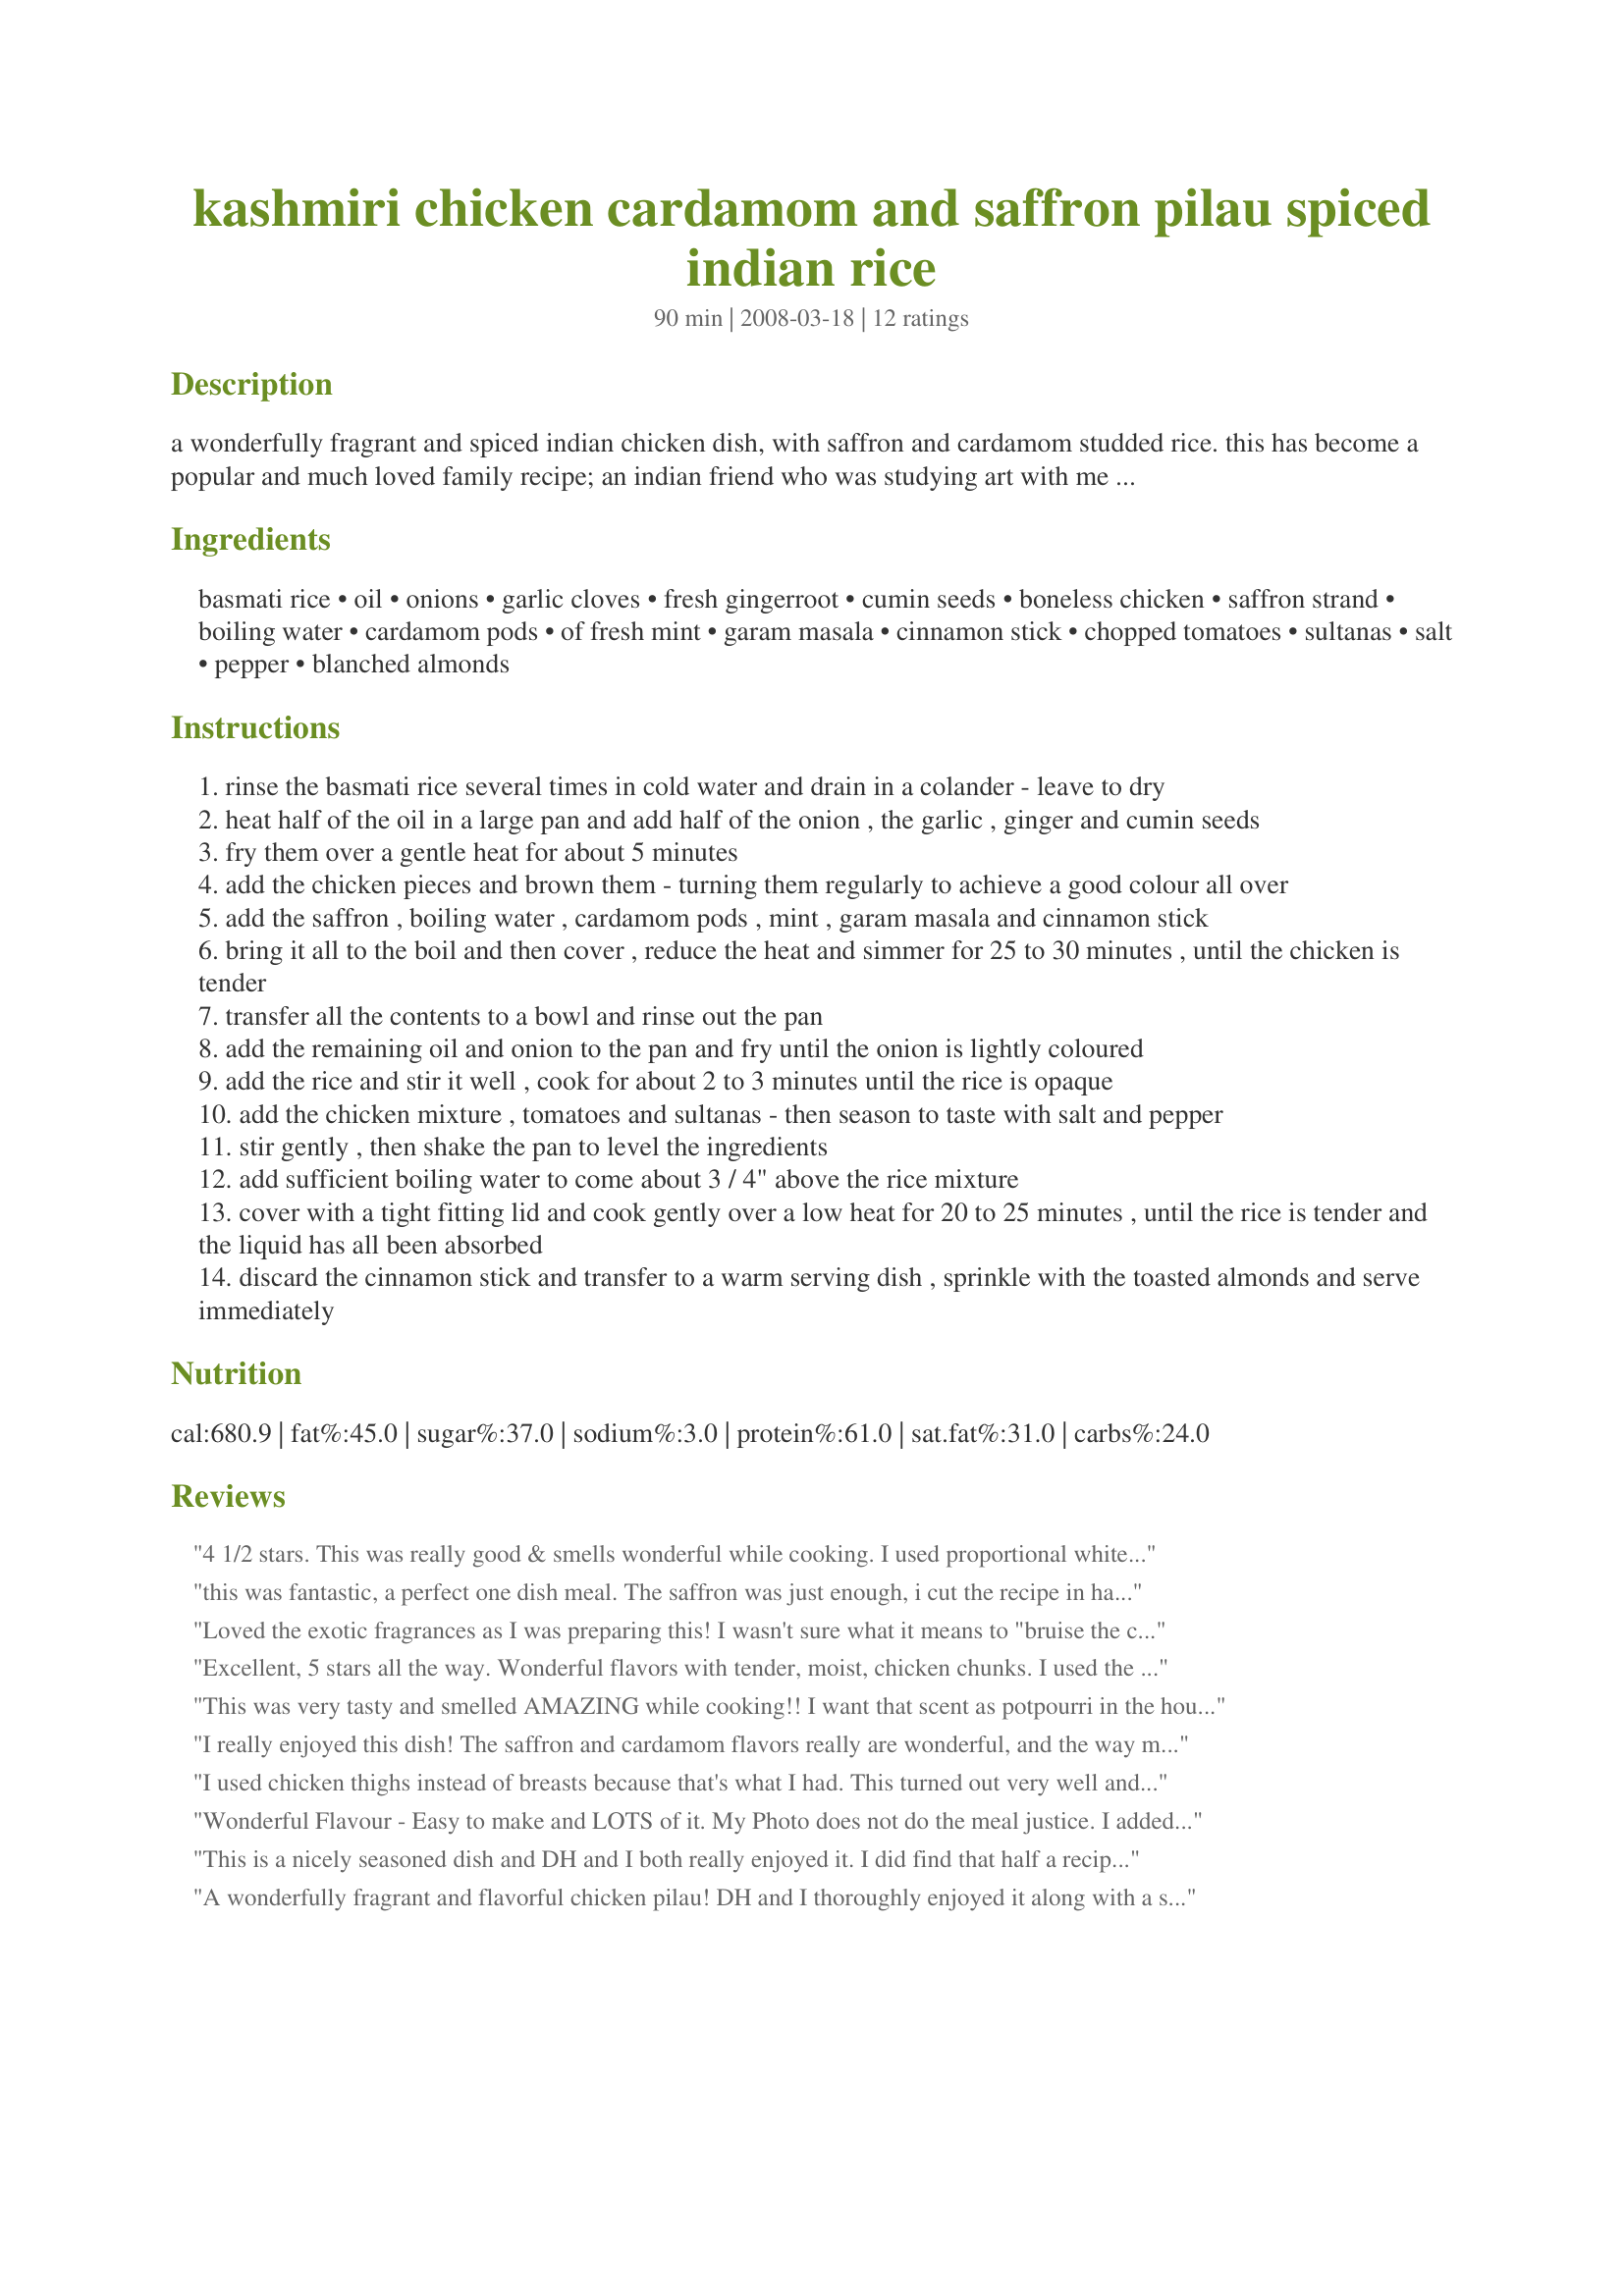
kashmiri chicken cardamom and saffron pilau spiced indian rice
Preparation time: 90 minutes

a wonderfully fragrant and spiced indian chicken dish, with saffron and cardamom studded rice. this has become a popular and much loved family recipe; an indian friend who was studying art with me many years ago, used to make this for all of us art students every saturday night; she finally shared the recipe with us before we all graduated! i have been making this for over 30 years now, and i have never changed a thing! serve this with cool cucumber raita, sambals and naan bread, for a delectable "one pot" indian feast. nb: as one reviewer found out, if you use brown rice in this recipe, this adds considerably to the cooking time and you will need more liquid; brown rice takes longer to cook and takes about a third more liquid!

Ingredients:
basmati rice, oil, onions, garlic cloves, fresh gingerroot, cumin seeds, boneless chicken, saffron strand, boiling water, cardamom pods, of fresh mint, garam masala, cinnamon stick, chopped tomatoes, sultanas, salt, pepper, blanched almonds

Steps:
rinse the basmati rice several times in cold water and drain in a colander - leave to dry
heat half of the oil in a large pan and add half of the onion , the garlic , ginger and cumin seeds
fry them over a gentle heat for about 5 minutes
add the chicken pieces and brown them - turning them regularly to achieve a good colour all over
add the saffron , boiling water , cardamom pods , mint , garam masala and cinnamon stick
bring it all to the boil and then cover , reduce the heat and simmer for 25 to 30 minutes , until the chicken is tender
transfer all the contents to a bowl and rinse out the pan
add the remaining oil and onion to the pan and fry until the onion is lightly coloured
add the rice and stir it well , cook for about 2 to 3 minutes until the rice is opaque
add the chicken mixture , tomatoes and sultanas - then season to taste with salt and pepper
stir gently , then shake the pan to level the ingredients
add sufficient boiling water to come about 3 / 4" above the rice mixture
cover with a tight fitting lid and cook gently over a low heat for 20 to 25 minutes , until the rice is tender and the liquid has all been absorbed
discard the cinnamon stick and transfer to a warm serving dish , sprinkle with the toasted almonds and serve immediately

Reviews:
4 1/2 stars. This was really good & smells wonderful while cooking. I used proportional white Basmati rice and the stock as per how I generally cook rice. Oh I did mine in a 325 F oven out of preference when I added the rice so it would cook more evenly easily. I used both ground and powdered ginger as our preferences here though I know whole cumin is more traditional and probably tastes better! I used your Recipe #279714, tomato paste as we don't like chunks of tomato in our rice and I didn't have the fresh tomatoes. I used Thompson black rasins instead of sultanas and sea salt. I served it with raita and a mango and Recipe #425253. I may make this again.
this was fantastic, a perfect one dish meal. The saffron was just enough, i cut the recipe in half, the only sub i made was for craisins instead of sultana's
Loved the exotic fragrances as I was preparing this! I wasn't sure what it means to "bruise the cardamom pods" so I opted for using cardamom seeds and crushing them in mortar & pestle. Used bone-in chicken thighs instead of cutting up boneless chicken. Drained off the fat after browning them, then deglazed the pan with a bit of red wine before going to the next step. This is a dish worthy of using your little bit of expensive saffron! I really think using real ginger root makes a big difference since it bears little resemblance to ground ginger.
Excellent, 5 stars all the way. Wonderful flavors with tender, moist, chicken chunks. I used the skinless boneless breast from Costco. The cooking aroma is amazing and mouth watering. It has a simple preparation and yields a finished dish worthy of impressing your in-laws. So very glad I chose this for PAC, Spring 2014.
This was very tasty and smelled AMAZING while cooking!! I want that scent as potpourri in the house!! LOL. I substituted Yellow Raisins for Sultanas but otherwise did exactly as directed. The raisins plumped up and you couldnâ€™t tell they were raisins! I halved this recipe and still had more than enough for the two of us! I should have cooked it a little less considering I halved the recipe, but that was my own fault not the recipes. I have a picture I will post as soon as I can get it off of my camera.
I really enjoyed this dish! The saffron and cardamom flavors really are wonderful, and the way my kitchen smelled as this cooked was to die for. I used chicken thighs, as they are my preferred piece for this type of dish, and they came out very tender and juicy. Thanks for posting this wonderful dish!
I used chicken thighs instead of breasts because that's what I had. This turned out very well and I will make this again in the future.
Wonderful Flavour - Easy to make and LOTS of it. My Photo does not do the meal justice. I added Peas - Im a pea junkie...lol..

This was a really nice one dish dinner - Thanks French Tart - Its a Keeper
This is a nicely seasoned dish and DH and I both really enjoyed it. I did find that half a recipes served more like 6 which makes a significant difference in the nutritional info. The recipe didn't specify so I used black cardamom pods. Made for Aussie Swap.
A wonderfully fragrant and flavorful chicken pilau! DH and I thoroughly enjoyed it along with a side of cucumber raita. Am a bit disappointed that my rice didn't turn the pretty yellow color as in your photo FT, as I did follow the recipe to a "t". Am wondering if my saffron was old, or if an ingredient such as tumeric is missing, per chance? Thanks for sharing. Becky
This was very good, French Tart. I made it for guests and everyone enjoyed it. I had to add quite a bit of salt and used dried mint because my grocer was out of fresh. I couldn't find whole cardamon pods so I used seeds with a 12 seeds to one pod conversion. My rice took a bit longer to cook & I ended up adding quite a bit of water. I think next time I'll use fresh mint for sure and make the rice separately with chicken chicken to add a little savory note. Served with freshly baked bread and peas. Thanks!
This is an easy, yummy one pot meal. I did have to add a good 20 minutes to the cooking time after adding the rice, as well as additional liquid, but I used half brown basmati rice which is probably the reason.
I had all of the correct ingredients, although my cumin and cardamom were ground instead of whole. I substituted grapes for sultanas, but otherwise left everything as written.
The kids (7 and 4) weren't crazy about it, but I don't cook much Indian food. DH and I really enjoyed it for lunch today, and there are TONS of leftovers to enjoy later.
Thanks!
